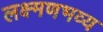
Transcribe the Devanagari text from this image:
लक्ष्मणभव्य